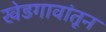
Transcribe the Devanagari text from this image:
खेडगावांतून